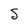
Character: S